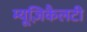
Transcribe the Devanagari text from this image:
म्यूज़िकैलटी